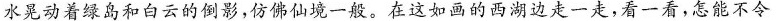
水晃动着绿岛和白云的倒影，仿佛仙境一般。在这如画的西湖边走一走，看一看，怎能不令